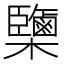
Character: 𣠿